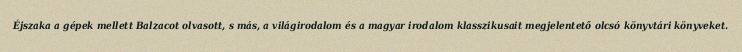
Éjszaka a gépek mellett Balzacot olvasott, s más, a világirodalom és a magyar irodalom klasszikusait megjelentető olcsó könyvtári könyveket.